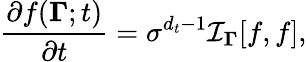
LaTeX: \frac{\partial f({\mathbf{\Gamma}};t)}{\partial t}=\sigma^{{d_{t}}-1}\mathcal{I}_{\mathbf{\Gamma}}[f,f],